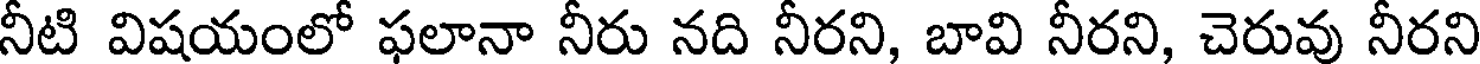
నీటి విషయంలో ఫలానా నీరు నది నీరని, బావి నీరని, చెరువు నీరని